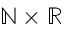
\mathbb { N } \times \mathbb { R }